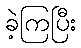
ခဲ့ကြပြီး